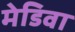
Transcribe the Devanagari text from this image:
मेडिवा